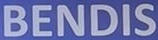
BENDIS